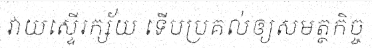
វាយស្ទើរក្ស័យ ទើបប្រគល់ឲ្យសមត្ថកិច្ច